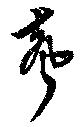
聲